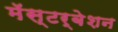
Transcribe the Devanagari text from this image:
मॅस्टर्बेशन